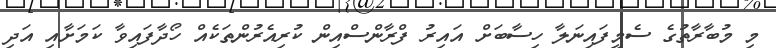
މި މުބާރާތުގެ ސެމީފައިނަލާ ހިސާބަށް އައިރު ފްރާންސްއިން ކުރިއެރުންތަކެއް ހޯދާފައިވާ ކަމަށާއި އަދި